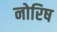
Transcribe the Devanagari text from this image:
नोरिष